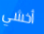
أخشي